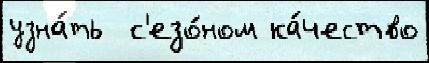
узна́ть  с'езо́ном ка́чество